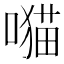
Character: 𫫯